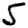
Digit: 5